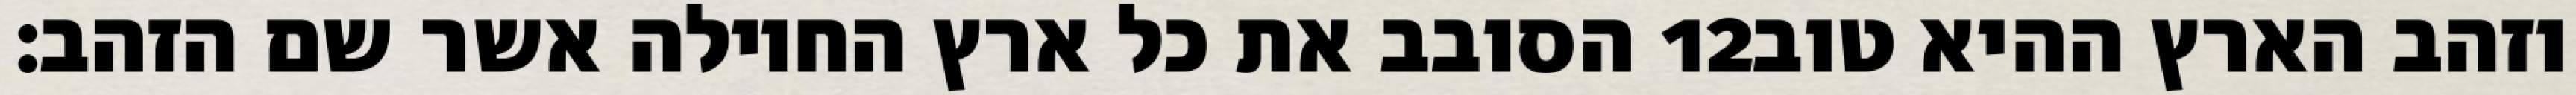
הסובב את כל ארץ החוילה אשר שם הזהב׃ ‎12‏ וזהב הארץ ההיא טוב